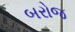
બરોજ